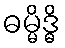
ဓမ္မိဒ္ဓိ